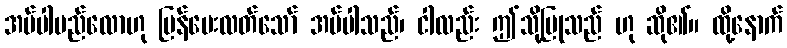
အပ်ပါမည်လောဟု ပြန်မေးလတ်သော် အပ်ပါသည်၊ ငါလည်း ဤသို့ပြုသည် ဟု ဆို၏။ ထို့နောက်